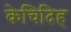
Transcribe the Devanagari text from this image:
केचिदिह